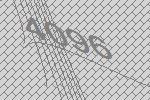
4096